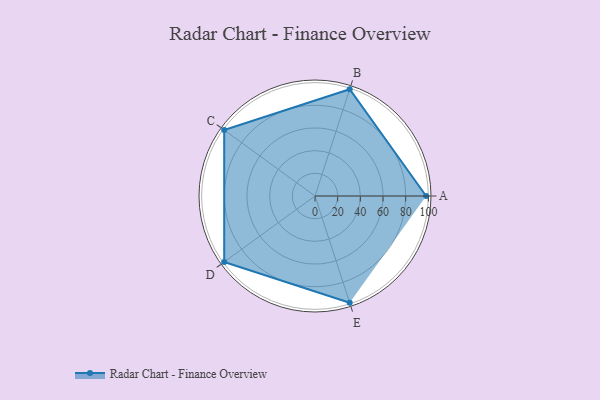
{"axis": {"x": "Skill", "y": "Score"}, "legend": ["Profile"], "data": [{"x": "A", "y": 98.0, "type": "Profile"}, {"x": "B", "y": 99, "type": "Profile"}, {"x": "C", "y": 99, "type": "Profile"}, {"x": "D", "y": 99, "type": "Profile"}, {"x": "E", "y": 99, "type": "Profile"}]}